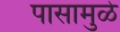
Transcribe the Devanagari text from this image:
पासामुळे